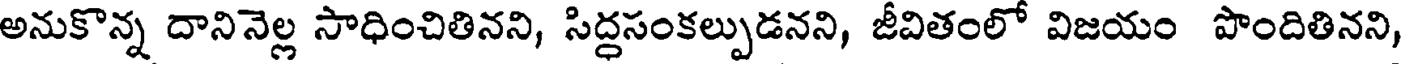
అనుకొన్న దానినెల్ల సాధించితినని, సిద్దసంకల్పుడనని, జీవితంలో విజయం పొందితినని,